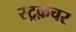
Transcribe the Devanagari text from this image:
स्ट्रक़चर